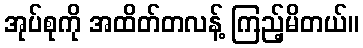
အုပ်စုကို အထိတ်တလန့် ကြည့်မိတယ်။